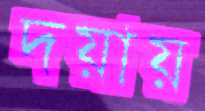
দয়ায়